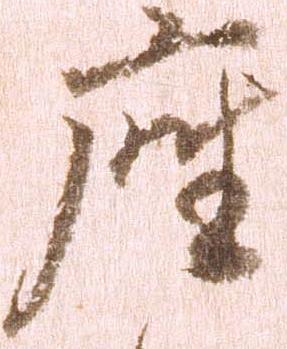
座